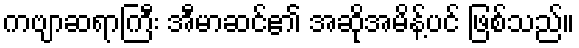
ကဗျာဆရာကြီး အီမာဆင်၏ အဆိုအမိန့်ပင် ဖြစ်သည်။